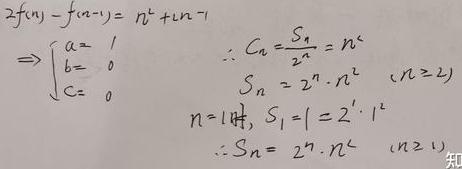
\[
\begin{align*}
2f(n)-f(n - 1)&=n^{2}+2n - 1\\
&\Rightarrow\begin{cases}
a = 1\\
b = 0\\
c = 0
\end{cases}\quad\therefore C_{n}=\frac{S_{n}}{2^{n}}=n^{2}\\
S_{n}&=2^{n}\cdot n^{2}\quad(n\geq2)\\
n = 1\text{时},S_{1}&=1 = 2^{1}\cdot1^{2}\\
\therefore S_{n}&=2^{n}\cdot n^{2}\quad(n\geq1)
\end{align*}
\]